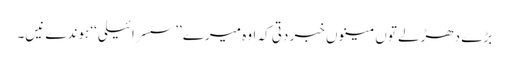
بڑے دھڑلے توں مینوں خبر دتی کہ اوہ میرے ’’سسرائیلی‘‘ ہوندے نیں۔